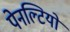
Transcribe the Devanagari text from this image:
पेनल्टियों